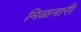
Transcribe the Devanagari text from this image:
मिळनारी